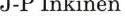
J-P Inkinen